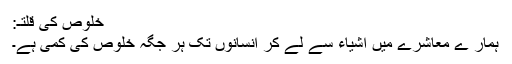
خلوص کی قلتـ:
ہمار ے معاشرے میں اشیاء سے لے کر انسانوں تک ہر جگہ خلوص کی کمی ہے۔